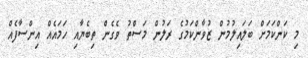
މި ކަންކަމަށް ބަލައިލުމުން ޒުވާންކަމުގެ ރަލުން މަސްތު ވެގެން ތިބެޔާއި ހަމައެއް އިންސާފެއް